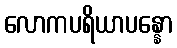
လောကပရိယာပန္နော